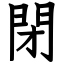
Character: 閉